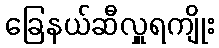
ခြေနယ်ဆီလှူရကျိုး